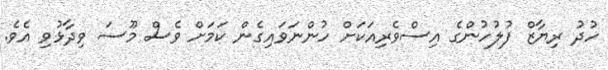
ހުދު ރިޔާޒް ފުލުހުންގެ އިސްވެރިއަކަށް ހުންނަވައިގެން ކަމަށް ވެސް މޫސަ ވިދާޅުވި އެވެ.